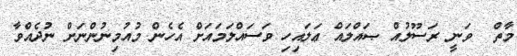
މާތް  ވަނީ ރަސޫލުއް ޞައްލައް ޢަލައިހި ވަސައްލަމައަށް އެހެން މުއުމިނުންނަށް ނުދެއްވާ